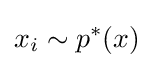
x_{i}\sim p^{*}(x)